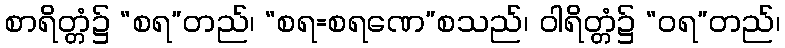
စာရိတ္တံ၌ “စရ”တည်၊ “စရ=စရဏေ”စသည်၊ ဝါရိတ္တံ၌ “ဝရ”တည်၊